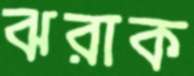
ঝরাক